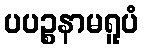
ပပဉ္စနာမရူပံ